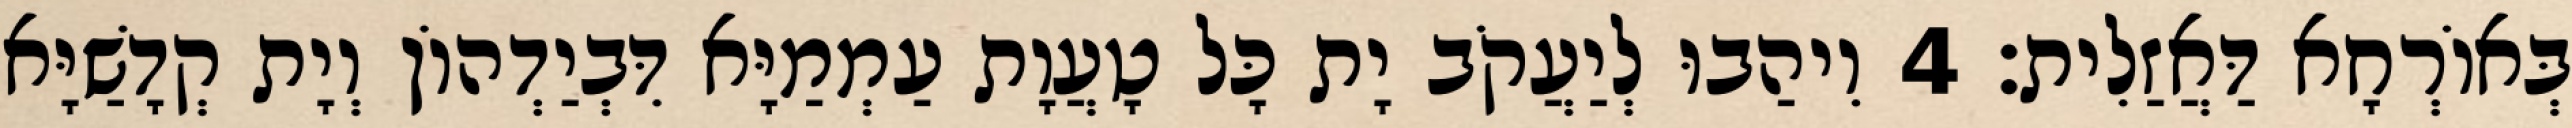
בְּאוֹרְחָא דַּאֲזַלִית׃ 4 וִיהַבוּ לְיַעֲקֹב יָת כָּל טָעֲוָת עַמְמַיָּא דִּבְיַדְהוֹן וְיָת קְדָשַׁיָּא